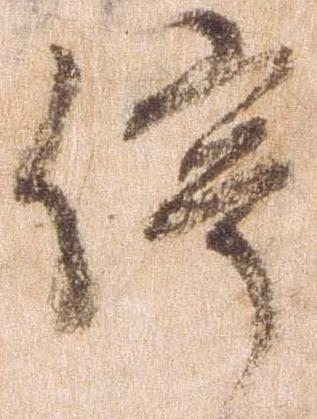
停